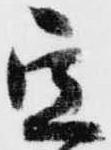
定